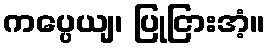
ကပ္ပေယျ၊ ပြုငြားအံ့။